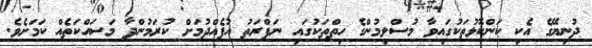
ދުނިޔޭގެ އެކި ކަންކޮޅުތަކުގައިވާ މުސްލިމުންގެ ހިތްތަކުގައި ނަފްރަތު އުފެއްދުމަށް ކުރަމުންދާ މަސައްކަތެއް ކަމަށެވެ.